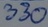
Text: 330